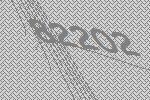
82202